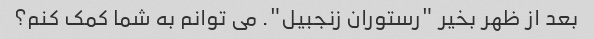
بعد از ظهر بخیر "رستوران زنجبیل". می توانم به شما کمک کنم؟